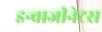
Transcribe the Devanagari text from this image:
इन्वाजीनेटस